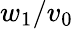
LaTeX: w_{1}/v_{0}